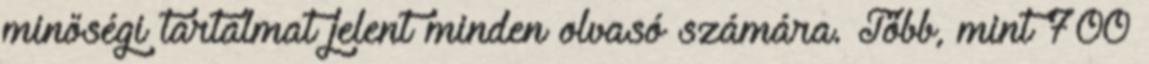
minőségi tartalmat jelent minden olvasó számára. Több, mint 700